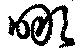
噉